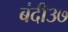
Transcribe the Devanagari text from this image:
बंदी३७